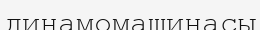
динамомашинасы